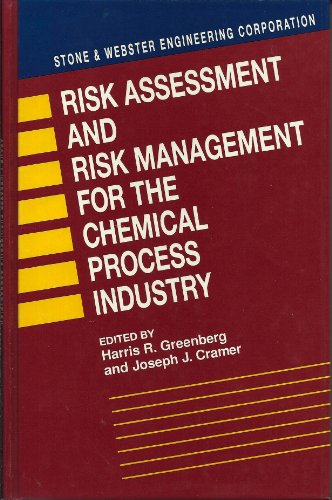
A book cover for Risk Assessment and Risk Management for the Chemical Process Industry: Stone and Webster Engineering Corporation; Harris Greenberg; Science & Math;